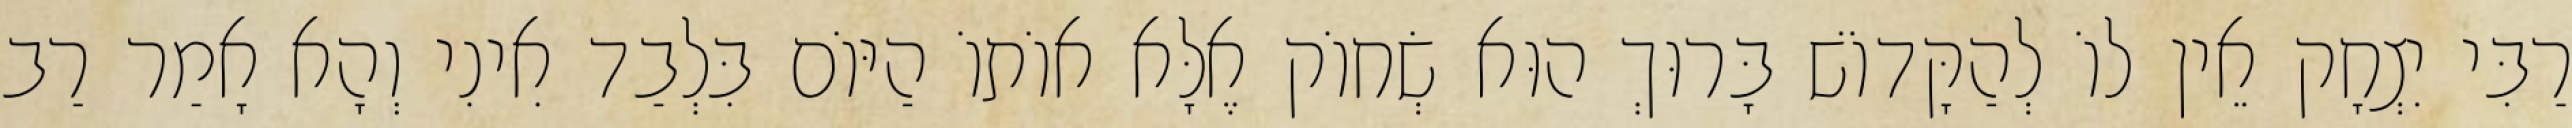
רַבִּי יִצְחָק אֵין לוֹ לְהַקָּדוֹשׁ בָּרוּךְ הוּא שְׂחוֹק אֶלָּא אוֹתוֹ הַיּוֹם בִּלְבַד אִינִי וְהָא אָמַר רַב